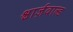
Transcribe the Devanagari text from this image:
श्वार्ज़वाल्ड